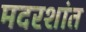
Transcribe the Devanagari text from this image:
मदरशांत